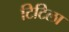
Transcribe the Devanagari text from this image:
टिटिला